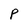
Character: P